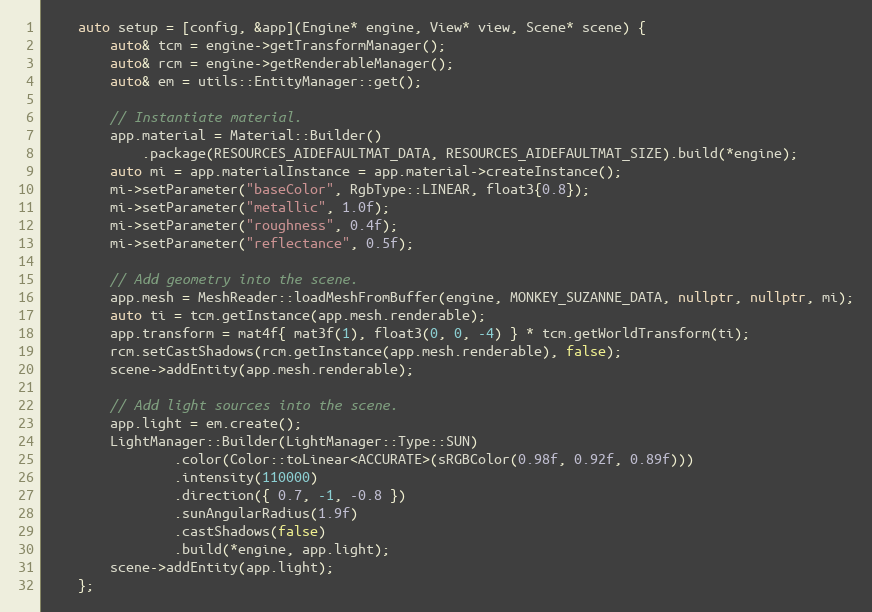
Language: C++
    auto setup = [config, &app](Engine* engine, View* view, Scene* scene) {
        auto& tcm = engine->getTransformManager();
        auto& rcm = engine->getRenderableManager();
        auto& em = utils::EntityManager::get();

        // Instantiate material.
        app.material = Material::Builder()
            .package(RESOURCES_AIDEFAULTMAT_DATA, RESOURCES_AIDEFAULTMAT_SIZE).build(*engine);
        auto mi = app.materialInstance = app.material->createInstance();
        mi->setParameter("baseColor", RgbType::LINEAR, float3{0.8});
        mi->setParameter("metallic", 1.0f);
        mi->setParameter("roughness", 0.4f);
        mi->setParameter("reflectance", 0.5f);

        // Add geometry into the scene.
        app.mesh = MeshReader::loadMeshFromBuffer(engine, MONKEY_SUZANNE_DATA, nullptr, nullptr, mi);
        auto ti = tcm.getInstance(app.mesh.renderable);
        app.transform = mat4f{ mat3f(1), float3(0, 0, -4) } * tcm.getWorldTransform(ti);
        rcm.setCastShadows(rcm.getInstance(app.mesh.renderable), false);
        scene->addEntity(app.mesh.renderable);

        // Add light sources into the scene.
        app.light = em.create();
        LightManager::Builder(LightManager::Type::SUN)
                .color(Color::toLinear<ACCURATE>(sRGBColor(0.98f, 0.92f, 0.89f)))
                .intensity(110000)
                .direction({ 0.7, -1, -0.8 })
                .sunAngularRadius(1.9f)
                .castShadows(false)
                .build(*engine, app.light);
        scene->addEntity(app.light);
    };